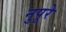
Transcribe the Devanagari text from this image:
नुपूरे